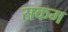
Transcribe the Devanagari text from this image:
सकम